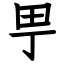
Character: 甼